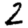
Digit: 2